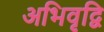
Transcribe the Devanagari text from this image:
अभिवृद्वि